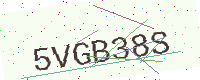
Text: 5VGB38S